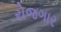
રોજગાર